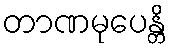
တာဏမုပေန္တိ